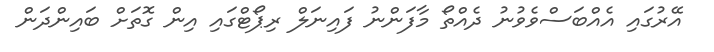
އޭރުގައި އެއްބަސްވެވުނު ދެއްތޯ މާފަންނު ފައިނަލް ރިޕޯޓްގައި އިން ގޮތަށް ބައިންދަން